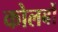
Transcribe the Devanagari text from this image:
कोलबों